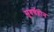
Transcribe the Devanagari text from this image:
सुवर्णहोन